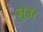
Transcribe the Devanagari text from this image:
नुउर